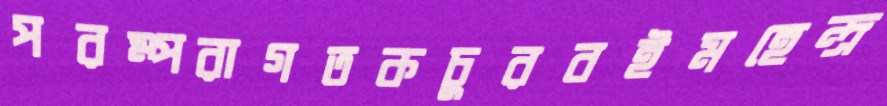
পরম্পরাগতকচুরবইমহেন্দ্র